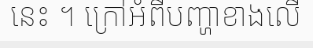
នេះ ។ ក្រៅអំពីបញ្ហាខាងលើ